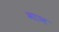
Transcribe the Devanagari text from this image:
माञ